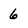
Character: 6